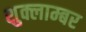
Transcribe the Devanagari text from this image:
शुक्लाम्बर